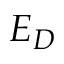
E _ { D }